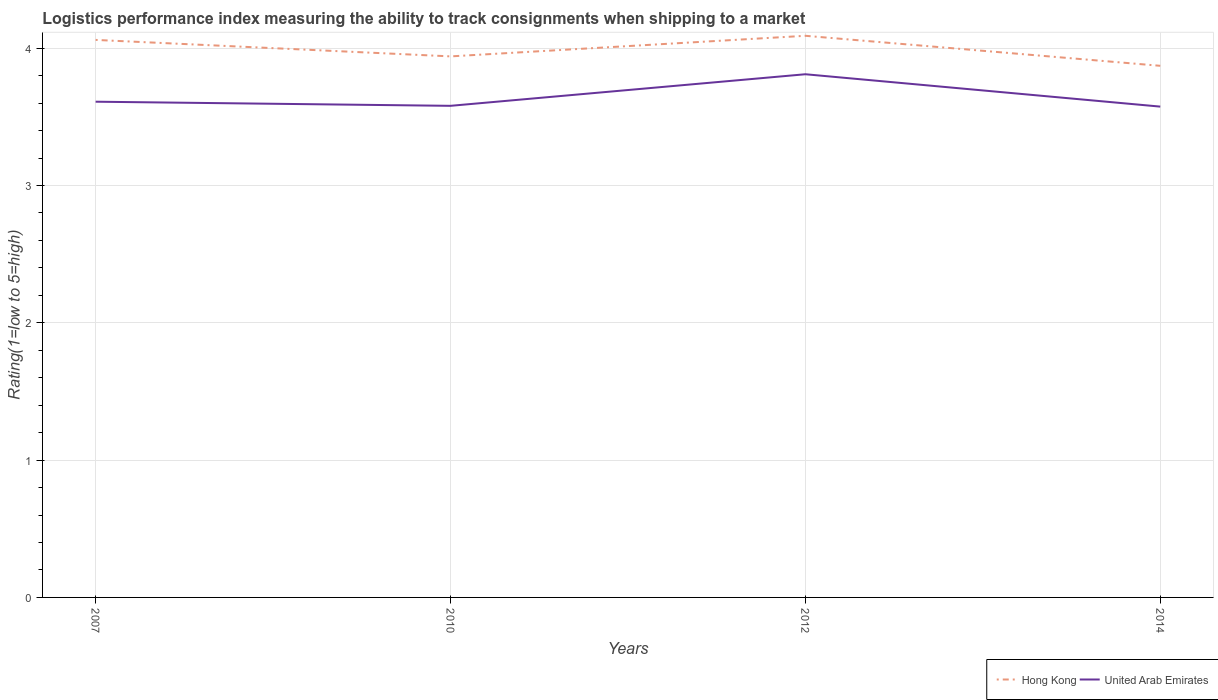
| Years | Hong Kong | United Arab Emirates |
 | --- | --- | --- |
 | 2007 | 4.06 | 3.61 |
 | 2010 | 3.94 | 3.58 |
 | 2012 | 4.09 | 3.81 |
 | 2014 | 3.87 | 3.57 |